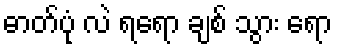
ဓာတ်ပုံ လဲ ရရော ချစ် သွား ရော